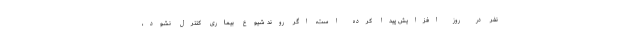
نفر در روز افزایش پیدا کرده است، اگر روند شیوع بیماری کنترل نشود،